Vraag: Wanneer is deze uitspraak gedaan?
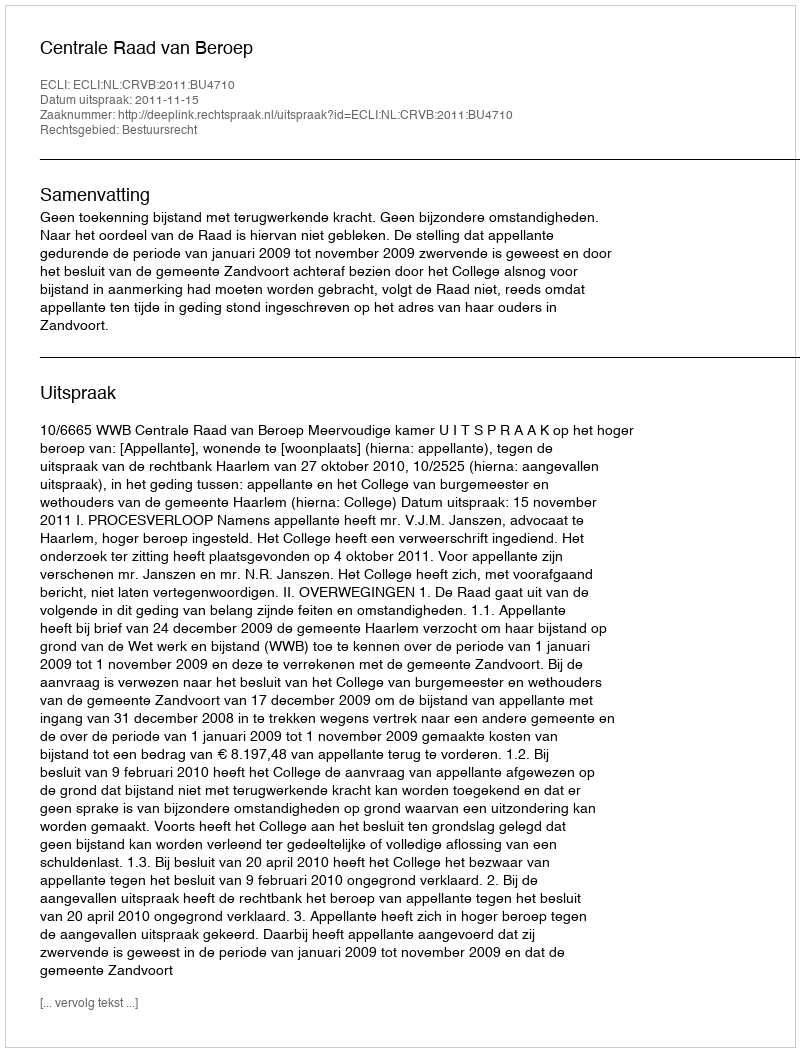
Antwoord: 2011-11-15